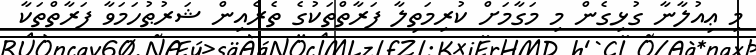
މި ޢިއުލާނާ ގުޅިގެން މި މަގާމަށް ކުރިމަތިލާ ފަރާތްތަކުގެ ތެރެއިން ޝަރުޠުހަމަވާ ފަރާތްތަކާ